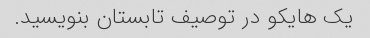
یک هایکو در توصیف تابستان بنویسید.